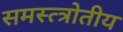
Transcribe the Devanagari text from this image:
समस्त्त्रोतीय